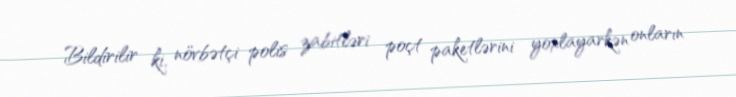
Bildirilir ki, növbətçi polis zabitləri poçt paketlərini yoxlayarkən onların